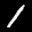
Label: 1